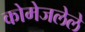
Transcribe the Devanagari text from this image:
कोमेजलेले